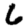
Digit: 6